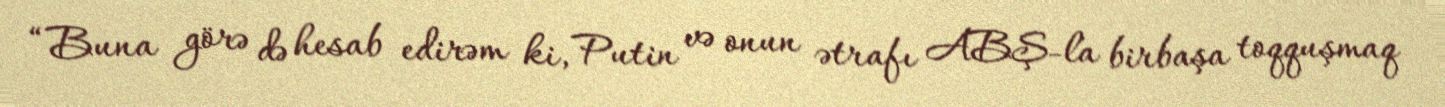
“Buna görə də hesab edirəm ki, Putin və onun ətrafı ABŞ-la birbaşa toqquşmaq